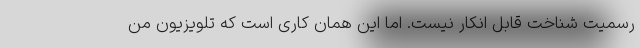
رسمیت شناخت قابل انکار نیست. اما این همان کاری است که تلویزیون من